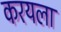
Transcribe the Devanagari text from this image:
करयला